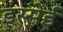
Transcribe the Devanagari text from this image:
इस्सेई